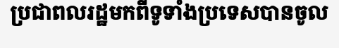
ប្រជាពលរដ្ឋមកពីទូទាំងប្រទេសបានចូល